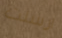
ارسلت